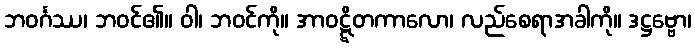
ဘဝင်္ဂဿ၊ ဘဝင်၏။ ဝါ၊ ဘဝင်ကို။ အာဝဋ္ဋိတကာလော၊ လည်စေရာအခါကို။ ဒဋ္ဌဗ္ဗော၊